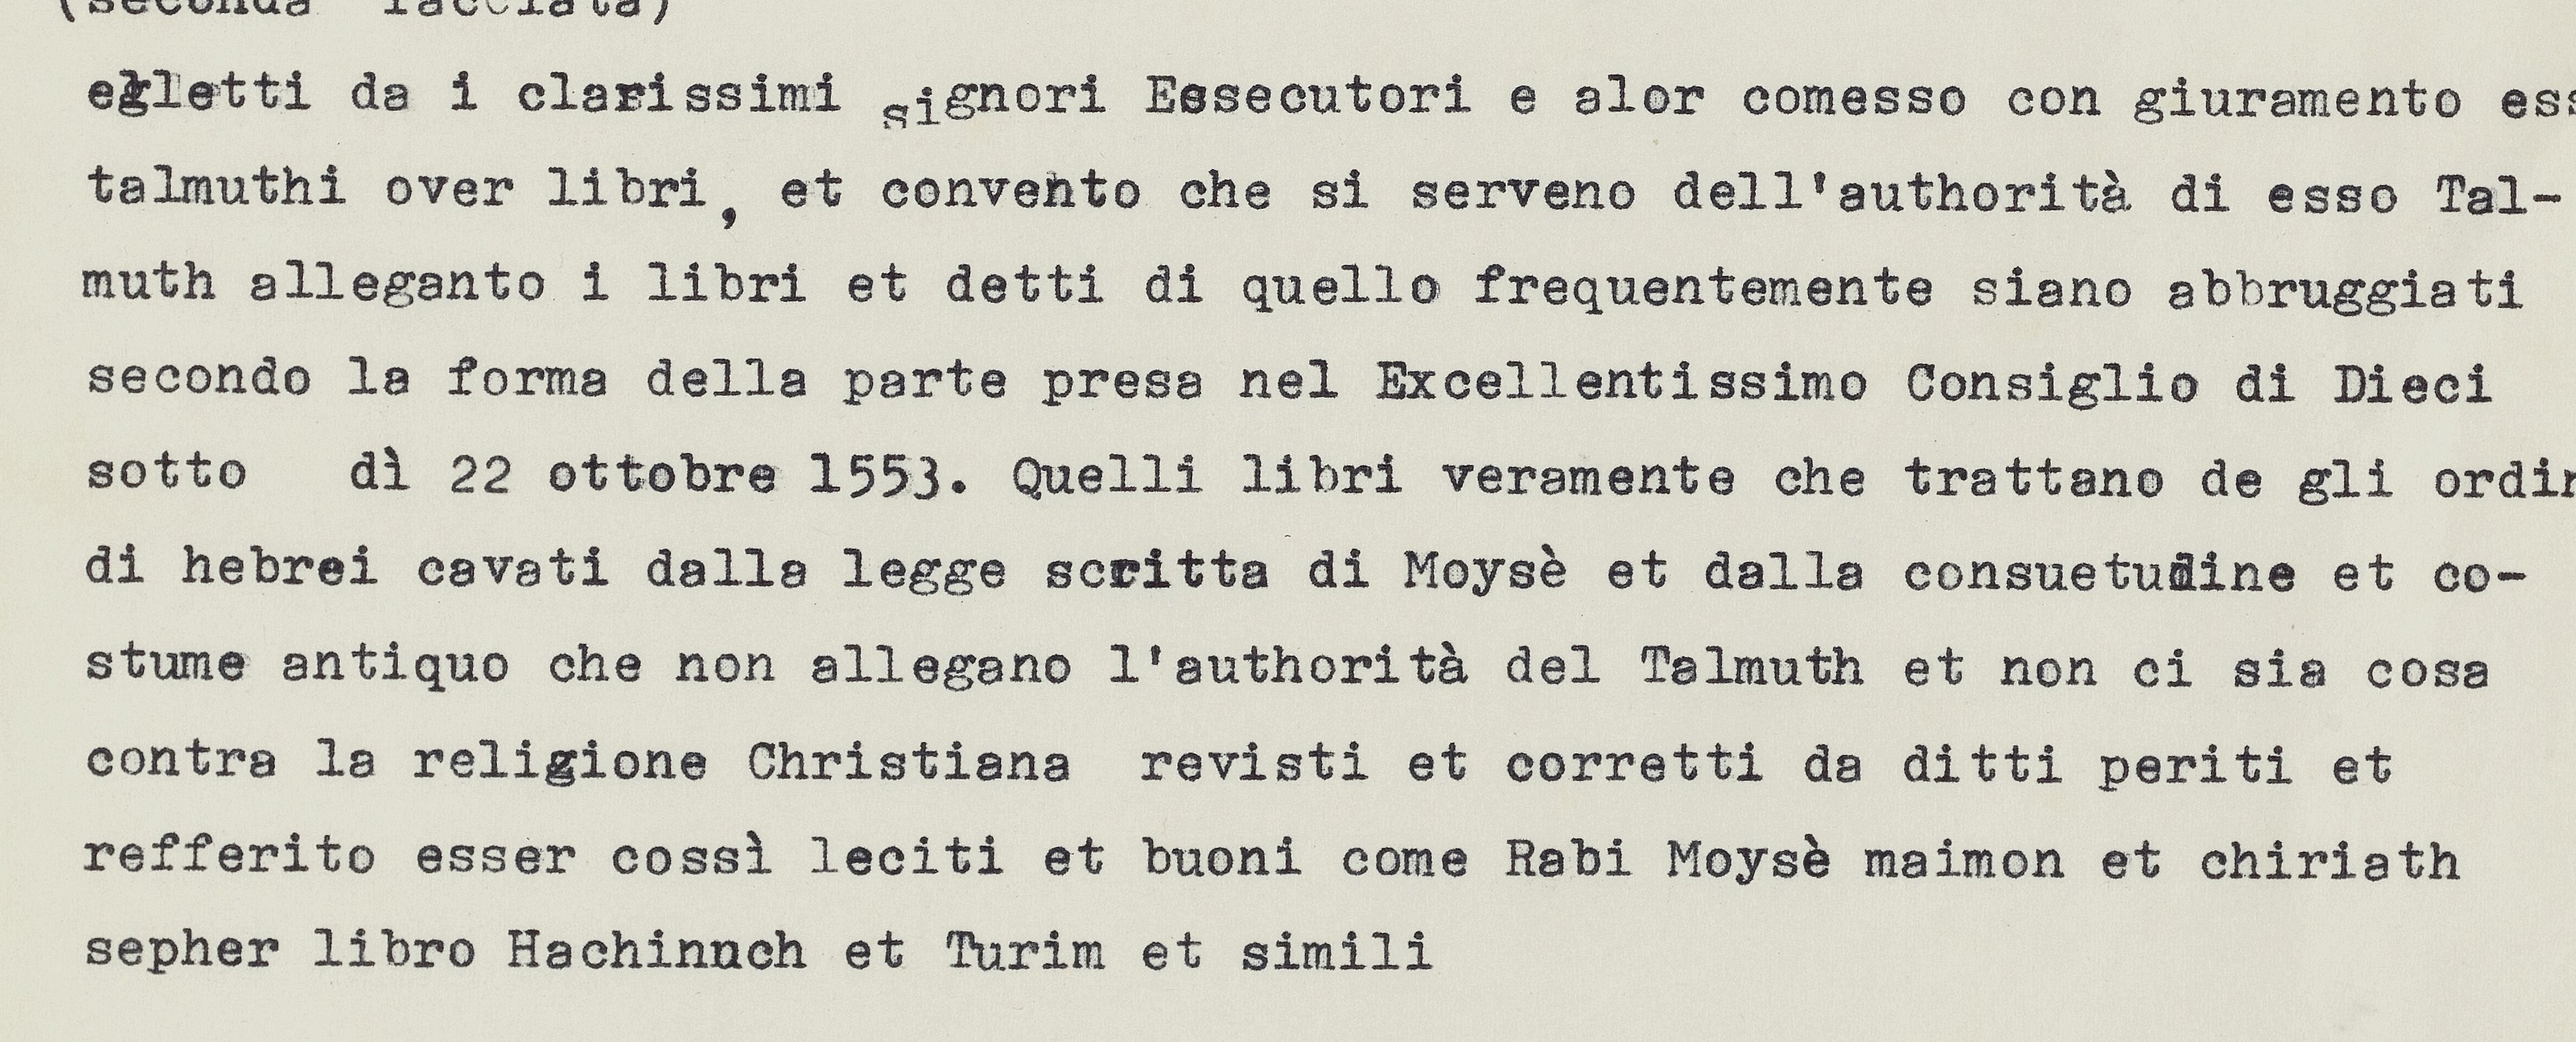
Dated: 1553–1555